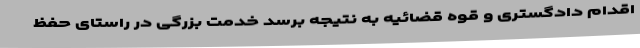
اقدام دادگستری و قوه قضائیه به نتیجه برسد خدمت بزرگی در راستای حفظ